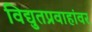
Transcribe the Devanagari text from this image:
विद्युतप्रवाहांवर